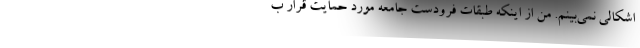
اشکالی نمی‌بینم. من از اینکه طبقات فرودست جامعه مورد حمایت قرار ب